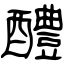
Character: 醴